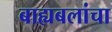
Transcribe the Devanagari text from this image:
बाह्यबलांचा